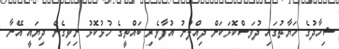
ޝިހާދުގެ ހަޔާތުގައި ދުވަސްކޮޅަކަށް ދިއްލުނު އުފާވެރި ބައްތީގެ ހުޅުކޮޅު ނިވިގެން ދިޔައީ އޭނާ